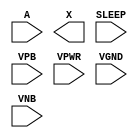
module sky130_fd_sc_lp__inputiso0p (
    //# {{data|Data Signals}}
    input  A    ,
    output X    ,

    //# {{power|Power}}
    input  SLEEP,
    input  VPB  ,
    input  VPWR ,
    input  VGND ,
    input  VNB
);
endmodule